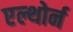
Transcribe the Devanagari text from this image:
एल्थोर्न